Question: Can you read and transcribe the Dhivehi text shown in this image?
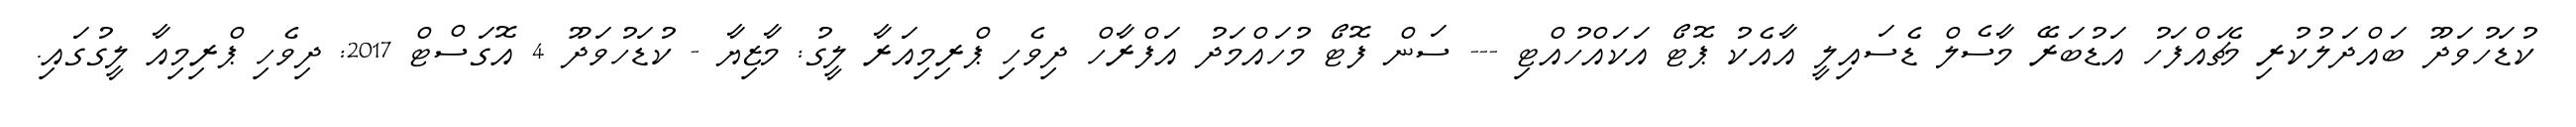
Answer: ކުޑަހުވަދޫ ބައްދަލުކުރި މެޗައްފަހު އަޑުބަރޭ މާސެލް ޑެސައިލީ އާއެކު ޕޮޓޯ އަކައްހުއްޓި --- ސަން ފޮޓޯ މުހައްމަދު އަފްރާހް ދިވެހި ޕްރިމިއަރާ ލީގު: މާޒިޔާ - ކުޑަހުވަދޫ 4 އޮގަސްޓް 2017: ދިވެހި ޕްރިމިއާ ލީގުގައި.